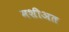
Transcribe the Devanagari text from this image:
मशीअत